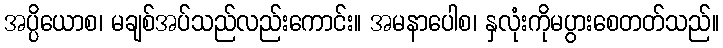
အပ္ပိယောစ၊ မချစ်အပ်သည်လည်းကောင်း။ အမနာပေါစ၊ နှလုံးကိုမပွားစေတတ်သည်။